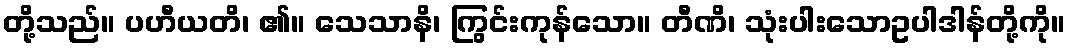
တို့သည်။ ပဟီယတိ၊ ၏။ သေသာနိ၊ ကြွင်းကုန်သော။ တီဏိ၊ သုံးပါးသောဥပါဒါန်တို့ကို။